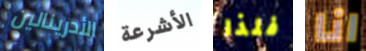
الأدرينالين الأشرعة فلذا انا